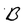
Character: B